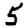
Digit: 5